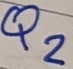
Text: Q2